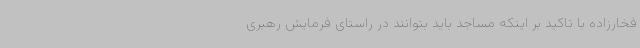
فخارزاده با تاکید بر اینکه مساجد باید بتوانند در راستای فرمایش رهبری